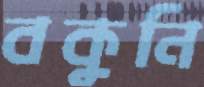
বকুনি